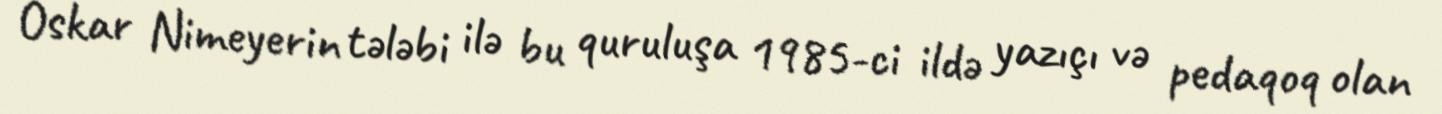
Oskar Nimeyerin tələbi ilə bu quruluşa 1985-ci ildə yazıçı və pedaqoq olan